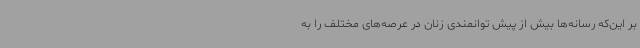
بر این‌که رسانه‌ها بیش از پیش توانمندی زنان در عرصه‌های مختلف را به